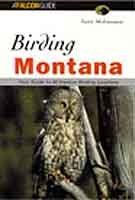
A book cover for Birding Montana (Falcon Guide); Terry McEneaney; Travel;